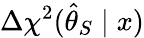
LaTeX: \Delta\chi^{2}(\hat{\theta}_{S}\mid x)